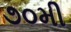
૭૦મી